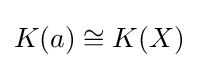
K(a)\cong K(X)